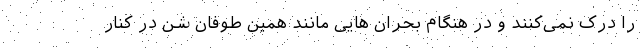
را درک نمی‌کنند و در هنگام بحران هایی مانند همین طوفان شن در کنار